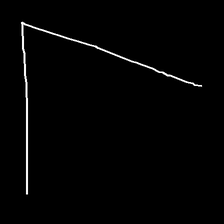
Glyph: region